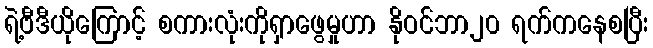
ရဲ့ဗီဒီယိုကြောင့် စကားလုံးကိုရှာဖွေမှုဟာ နိုဝင်ဘာ၂၀ ရက်ကနေစပြီး